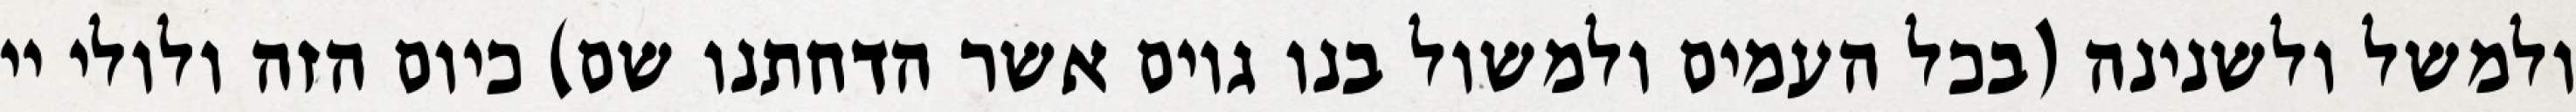
ולמשל ולשנינה (בכל העמים ולמשול בנו גוים אשר הדחתנו שם) כיום הזה ולולי יי